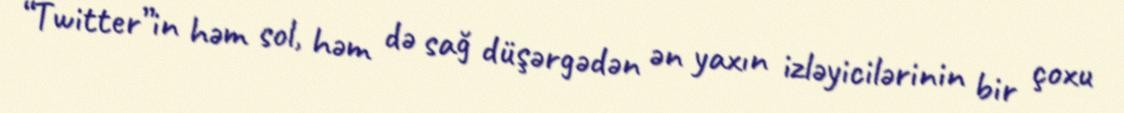
“Twitter”in həm sol, həm də sağ düşərgədən ən yaxın izləyicilərinin bir çoxu